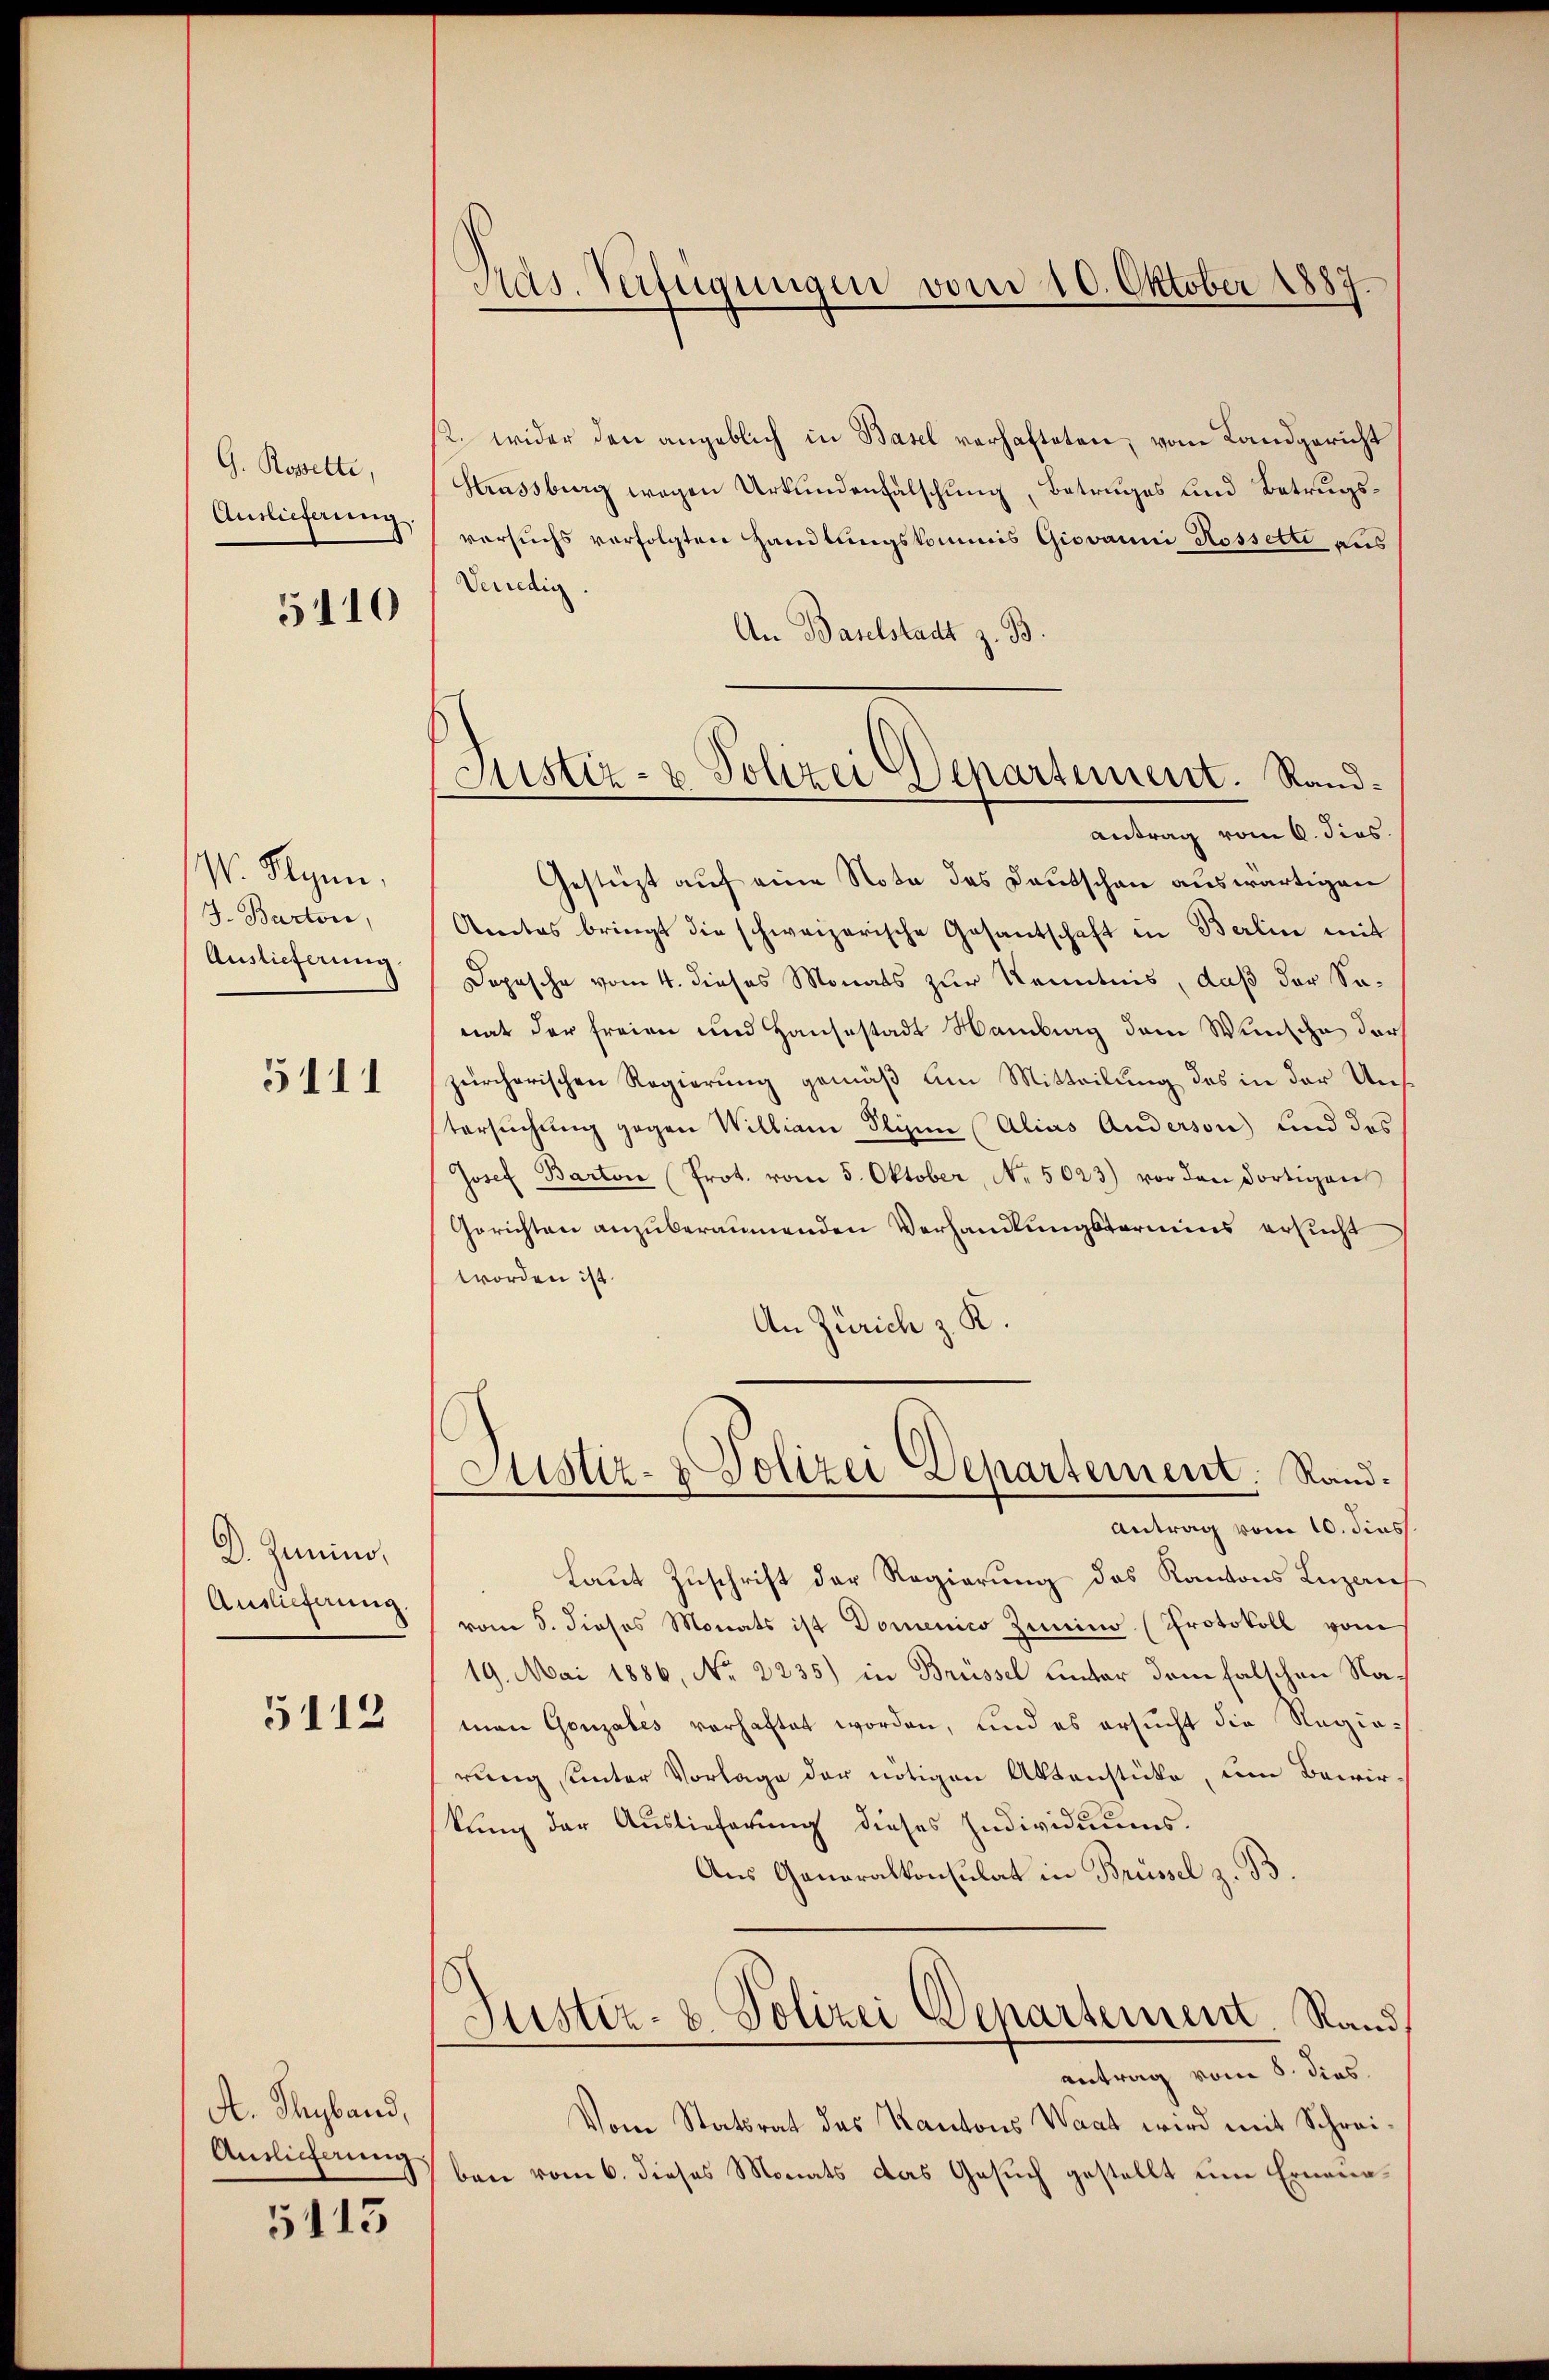
G. Rosselte,
Auslieferung.

5110

V. Synn,
J. Barton,
Auslieferung.

5111

D. Junino,
Auslieferung.

5112

A. Thyband,
Antlicherung

5115

Ras. Verfügungen vom 10. Oktober 1887.

Sistiz- & Polizei Departement. Rand¬

2. wider den angeblich in Basel verhafteten, vom Landgericht
Strassberg wegen Urkundenfälschung, Betruges und Betrugsversuchs verfolgten Handlungskommis Giovanni Rossette aus
Venedig
An Baselstadt z. B
antrag vom 6. dies
Gestüzt auf eine Nota des Deutschau auswärtigen
Amtes bringt die schweizerische Gesantschaft in Berlin mit
Dopische vom 4. dieses Monats zur Kenntnis, daß der Samat der freien und Hausestadt Hamburg dem Wunsche darf
zürcherischen Regierung gemäß am Mitteilung des in der Uns
tersuchung gegen Williani Slien (Alias Anderson und des
Josef Barton (Prot. vom 5. Oktober, No. 5023) vor den dortigens
Gerichten anzuberaumenden Verhandlungstermins ersucht
worden ist.
An Zürich z. K.
Justiz- & Polizei Departement. Rand.
Antrag vom 10. diess.
Laut Zuschrift der Regierung des Kantons Luzaus
vom 5. dieses Monats ist Domenico Zimino (Protokoll vom
19. Mai 1886, No 2235) in Brüssel unter dem falschen Naman Gonzales vorhaftet worden, und es ersucht die Regierung unter Vorlage der nötigen Aktenstücke, um Bewirkung der Auslieferung dieses Individuums¬
Aus Generalkonsulat in Brüssel z. B.
Justiz- & Polizei Departement. Sand
antrag vom 8. dies.
Vom Statsrat des Kantons Waat wird mit Schreiben vom 6. dieses Monats das Gesuch gestellt eine Erneue¬